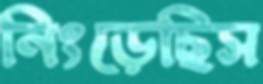
নিংড়েছিস